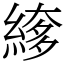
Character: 䋾